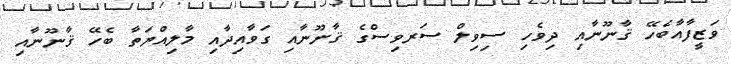
ވަޒީފާއާބެހޭ ޤާނޫނާއި ދިވެހި ސިވިލް ސަރވިސްގެ ޤާނޫނާއި ގަވާއިދާއި މާލިއްޔަތާ ބެހޭ ޤާނޫނާއި